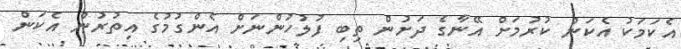
އެކަމަކު އެކަން ކުރުމަށް އޭނާގެ ދަށުން ތިބި ފުލުހުންނަށް އެންގުމުގެ އިތުރުން އެކަން